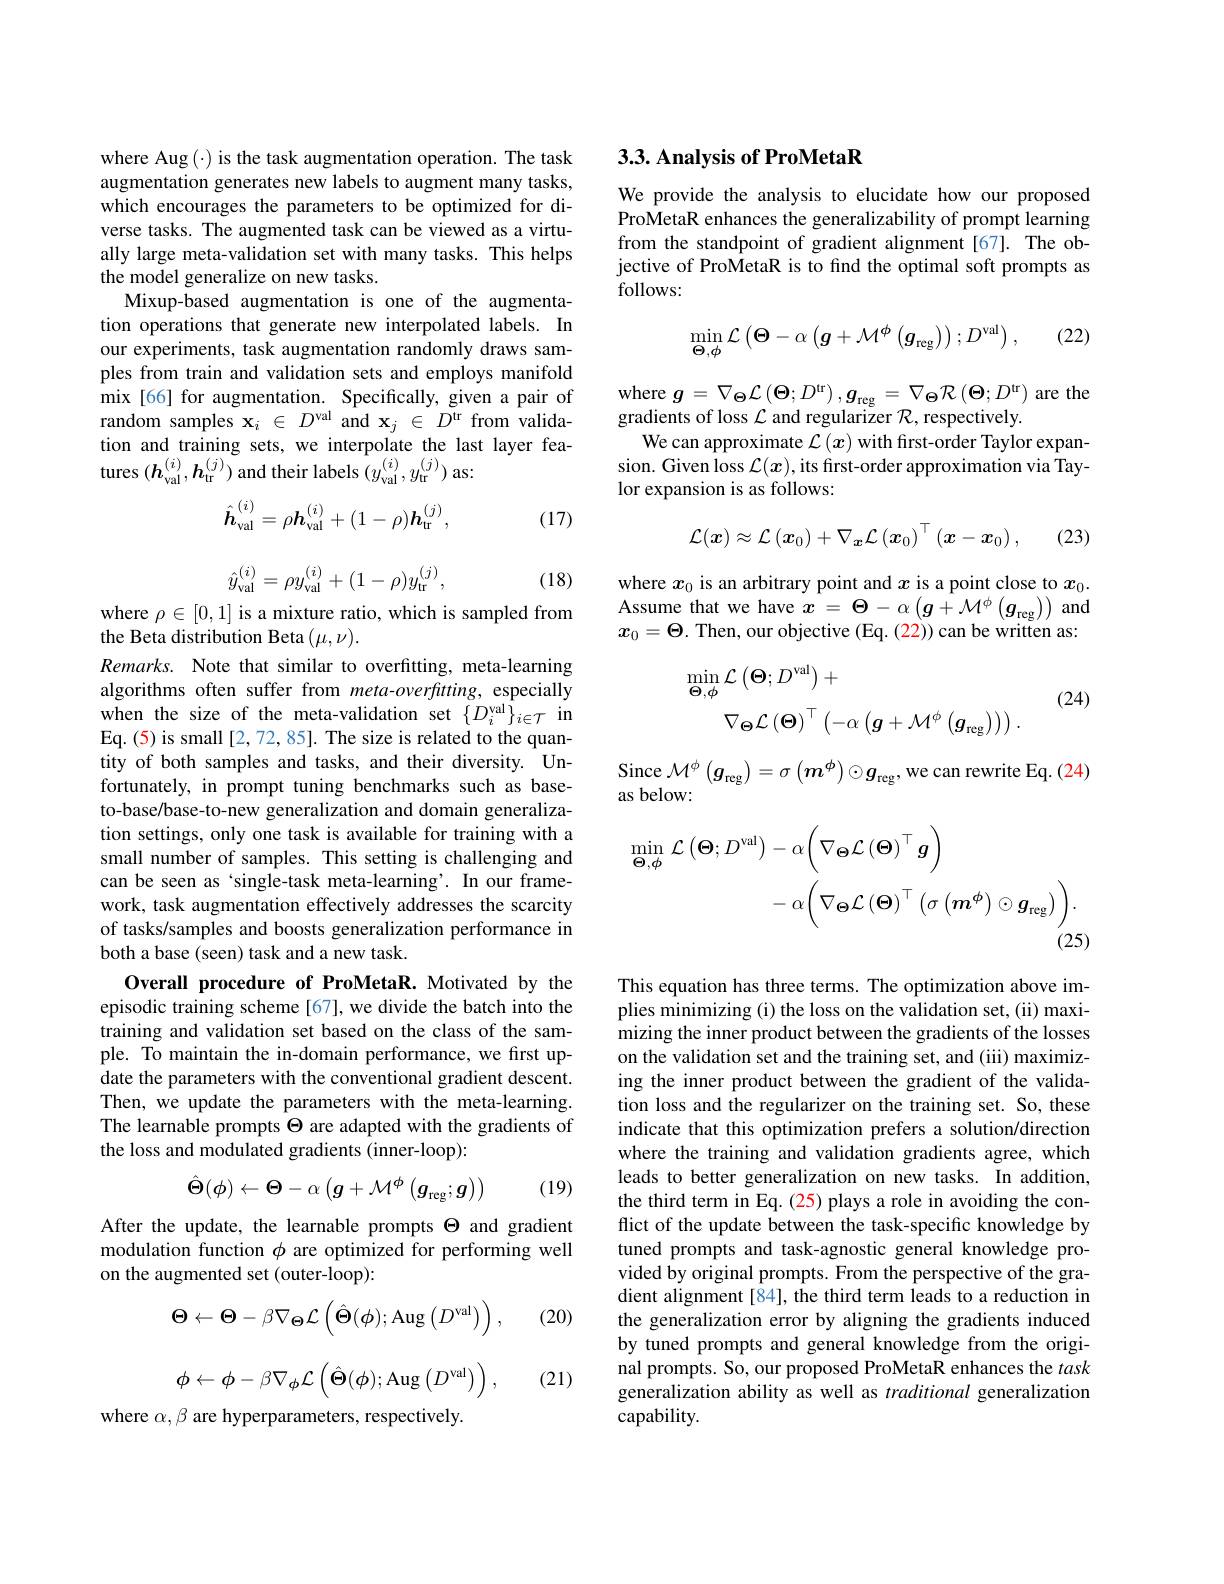
where Aug(·) is the task augmentation operation. The task augmentation generates new labels to augment many tasks, which encourages the parameters to be optimized for diverse tasks. The augmented task can be viewed as a virtually large meta-validation set with many tasks. This helps the model generalize on new tasks.
Mixup-based augmentation is one of the augmentation operations that generate new interpolated labels. In our experiments, task augmentation randomly draws samples from train and validation sets and employs manifold mix[66] for augmentation. Specifically, given a pair of random samples $\mathbf{x}_i\in D^\mathrm{val}$ and $\mathbf{x}_j\in D^\mathrm{tr}$ from validation and training sets, we interpolate the last layer features $(\boldsymbol h_\mathrm{val}^{(i)},\boldsymbol{h}_\mathrm{tr}^{(j)})$ and their labels $(y_\mathrm{val}^{(i)},y_\mathrm{tr}^{(j)})$ as:

(17)
$$\hat{h}_{\mathrm{val}}^{(i)}=\rho\boldsymbol{h}_{\mathrm{val}}^{(i)}+(1-\rho)\boldsymbol{h}_{\mathrm{tr}}^{(j)},$$
$$\hat{y}_\mathrm{val}^{(i)}=\rho y_\mathrm{val}^{(i)}+(1-\rho)y_\mathrm{tr}^{(j)},$$
(18)

where $\rho\in[0,1]$ is a mixture ratio, which is sampled from
the Beta distribution Beta $(\mu,\nu).$
Remarks. Note that similar to overfitting, meta-learning algorithms often suffer from meta-overftting, especially when the size of the meta-validation set $\{D_i^\mathrm{val}\}_{i\in\mathcal{T}}$ in Eq. (5) is small [2,72,85]. The size is related to the quantity of both samples and tasks, and their diversity. Unfortunately, in prompt tuning benchmarks such as baseto-base/base-to-new generalization and domain generalization settings, only one task is available for training with a small number of samples. This setting is challenging and can be seen as ‘single-task meta-learning’. In our framework, task augmentation effectively addresses the scarcity of tasks/samples and boosts generalization performance in both a base (seen) task and a new task.
Overall procedure of ProMetaR. Motivated by the

episodic training scheme [67], we divide the batch into the training and validation set based on the class of the sample. To maintain the in-domain performance, we first update the parameters with the conventional gradient descent. Then, we update the parameters with the meta-learning. The learnable prompts $\Theta$ are adapted with the gradients of the loss and modulated gradients (inner-loop):
$$\hat{\Theta}(\phi)\leftarrow\Theta-\alpha\left(g+\mathcal{M}^{\phi}\left(g_{\mathrm{reg}};g\right)\right)$$
(19)

After the update, the learnable prompts $\Theta$ and gradient modulation function $\phi$ are optimized for performing well on the augmented set (outer-loop):
$$\Theta\leftarrow\Theta-\beta\nabla_{\Theta}\mathcal{L}\left(\hat{\Theta}(\phi);\mathrm{Aug}\left(D^{\mathrm{val}}\right)\right),$$
(20)
$$\phi\leftarrow\phi-\beta\nabla_{\phi}\mathcal{L}\left(\hat{\boldsymbol{\Theta}}(\phi);\mathrm{Aug}\left(D^{\mathrm{val}}\right)\right),$$
(21)

where $\alpha,\beta$ are hyperparameters, respectively.

### 3.3. Analysis of ProMetaR

We provide the analysis to elucidate how our proposed ProMetaR enhances the generalizability of prompt learning from the standpoint of gradient alignment[67]. The objective of ProMetaR is to fnd the optimal soft prompts as follows:
$$\min_{\boldsymbol{\Theta},\boldsymbol{\phi}}\mathcal{L}\left(\boldsymbol{\Theta}-\alpha\left(\boldsymbol{g}+\mathcal{M}^{\boldsymbol{\phi}}\left(\boldsymbol{g}_{\mathrm{reg}}\right)\right);D^{\mathrm{val}}\right),$$
(22)

$\begin{array}{l}\mathrm{where~}g=\nabla_\Theta\mathcal{L}\left(\Theta;D^\mathrm{tr}\right),g_{\mathrm{reg}}=\nabla_\Theta\mathcal{R}\left(\Theta;D^\mathrm{tr}\right)\text{are the}\\\mathrm{gradients~of~loss~}\mathcal{L}\text{ and regularizer }\mathcal{R},\text{respectively.}\end{array}$
We can approximate $\mathcal{L}\left(x\right)$ with first-order Taylor expansion. Given loss $\mathcal{L}(x)$,its frst-order approximation via Taylor expansion is as follows:
$$\mathcal{L}(\boldsymbol{x})\approx\mathcal{L}\left(\boldsymbol{x}_0\right)+\nabla_{\boldsymbol{x}}\mathcal{L}\left(\boldsymbol{x}_0\right)^\top\left(\boldsymbol{x}-\boldsymbol{x}_0\right),$$
(23)

where $x_0$ is an arbitrary point and $x$ is a point close to $x_0.$ Assume that we have $x=\Theta-\alpha\left(g+\mathcal{M}^{\phi}\left(g_{\mathrm{reg}}\right)\right)$ and $x_0=\Theta$. Then, our objective (Eq. (22)) can be written as:

(24)
$$\begin{aligned}\min_{\boldsymbol{\Theta},\boldsymbol{\phi}}&\mathcal{L}\left(\boldsymbol{\Theta};D^\mathrm{val}\right)+\\&\nabla_{\boldsymbol{\Theta}}\mathcal{L}\left(\boldsymbol{\Theta}\right)^{\top}\left(-\alpha\left(\boldsymbol{g}+\mathcal{M}^{\phi}\left(\boldsymbol{g}_\mathrm{reg}\right)\right)\right).\end{aligned}$$
Since $\mathcal{M}^\phi\left(\boldsymbol{g}_\mathrm{reg}\right)=\sigma\left(\boldsymbol{m}^\phi\right)\odot\boldsymbol{g}_\mathrm{reg}$,we can rewrite Eq.(24)
as below:
$$\begin{aligned}\min_{\boldsymbol{\Theta},\boldsymbol{\phi}}\mathcal{L}\left(\boldsymbol{\Theta};D^{\mathrm{val}}\right)&-\alpha\bigg(\nabla_{\boldsymbol{\Theta}}\mathcal{L}\left(\boldsymbol{\Theta}\right)^{\top}\boldsymbol{g}\bigg)\\&-\alpha\bigg(\nabla_{\boldsymbol{\Theta}}\mathcal{L}\left(\boldsymbol{\Theta}\right)^{\top}\left(\sigma\left(\boldsymbol{m}^{\phi}\right)\odot\boldsymbol{g}_{\mathrm{reg}}\right)\bigg).\end{aligned}$$
(25)

This equation has three terms. The optimization above implies minimizing (i) the loss on the validation set, (ii) maximizing the inner product between the gradients of the losses on the validation set and the training set, and (iiii) maximizing the inner product between the gradient of the validation loss and the regularizer on the training set. So, these indicate that this optimization prefers a solution/direction where the training and validation gradients agree, which leads to better generalization on new tasks. In addition, the third term in Eq. (25) plays a role in avoiding the conflict of the update between the task-specific knowledge by tuned prompts and task-agnostic general knowledge provided by original prompts. From the perspective of the gradient alignment[84], the third term leads to a reduction in the generalization error by aligning the gradients induced by tuned prompts and general knowledge from the original prompts. So, our proposed ProMetaR enhances the task generalization ability as well as traditional generalization capability.